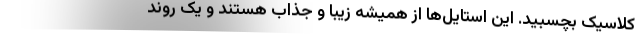
کلاسیک بچسبید. این استایل‌ها از همیشه زیبا و جذاب هستند و یک روند